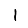
Digit: 1